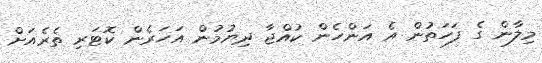
މިލާން ގެ ފަހަތުން އެ އަންހެން ކުއްޖާ ދިޔުމުން އަހަރެން ކޮޓަރި ތެރެއަށް